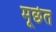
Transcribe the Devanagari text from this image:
मूर्छत